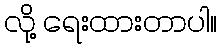
လို့ ရေးထားတာပါ။